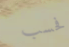
فحسب